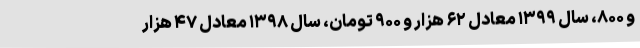
و ۸۰۰، سال ۱۳۹۹ معادل ۶۲ هزار و ۹۰۰ تومان، سال ۱۳۹۸ معادل ۴۷ هزار